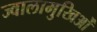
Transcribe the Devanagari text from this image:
ज्वालामुखिओं